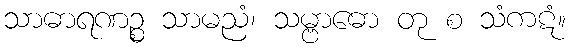
သာဓာရဏဉ္စ သာမညံ၊ သမ္ဗာဓော တု စ သံကဋံ။